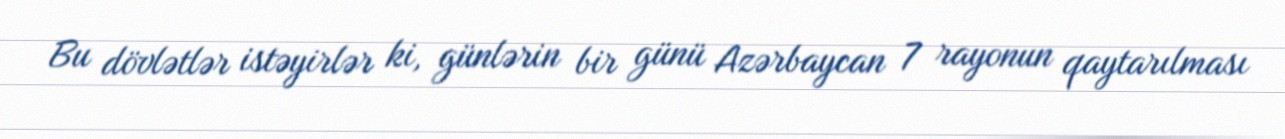
Bu dövlətlər istəyirlər ki, günlərin bir günü Azərbaycan 7 rayonun qaytarılması